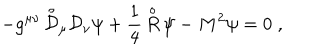
LaTeX: - g ^ { \mu \nu } \, { \stackrel { \circ } { \mathcal D } } { } _ { \mu } { \mathcal D } { } _ { \nu } \psi + \frac { 1 } { 4 } \, { \stackrel { \circ } { R } } \, \psi - M ^ { 2 } \psi = 0 \; ,